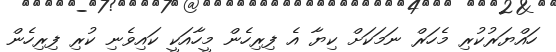
ހައްޔަރުކުރި މެހަރް ނަމަކަށް ކިޔާ އެ ފިރިހެން މީހާއަކީ ކައިވެނި ކުރި ފިރިހެން